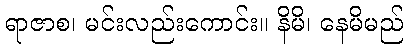
ရာဇာစ၊ မင်းလည်းကောင်း။ နိမိ၊ နေမိမည်